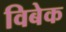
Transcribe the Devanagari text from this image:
विबेक